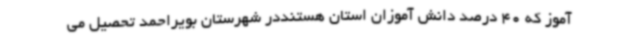
آموز که 40 درصد دانش آموزان استان هستنددر شهرستان بویراحمد تحصیل می